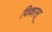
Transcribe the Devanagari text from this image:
विकास्